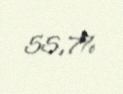
55,7%